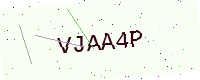
Text: VJAA4P